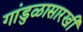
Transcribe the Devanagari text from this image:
गांडुळासारखी